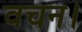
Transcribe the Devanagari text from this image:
वचन।